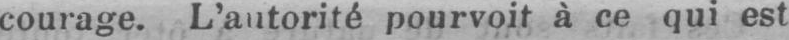
pourvoit à ce qui est